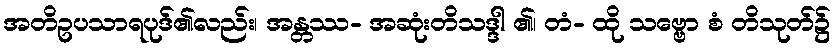
အတိဥပသာရပုဒ်၏လည်း၊ အန္တဿ- အဆုံးတိသဒ္ဒါ ၏၊ တံ- ထို သဗ္ဗော စံ တိသုတ်၌